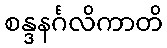
စန္ဒနင်္ဂလိကာတိ